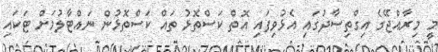
މީ މިރާއްޖޭގެ އިގްތިސާދުގައި އެޅުވިފައި އޮތް ކަސްތޮޅު ތައް ކަސްތޮޅުން ނައްޓާލުމަށް ޓަކައި